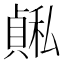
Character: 𫁅